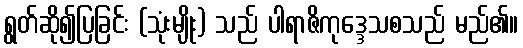
ရွတ်ဆို၍ပြခြင်း (သုံးမျိုး) သည် ပါရာဇိကုဒ္ဒေသစသည် မည်၏။